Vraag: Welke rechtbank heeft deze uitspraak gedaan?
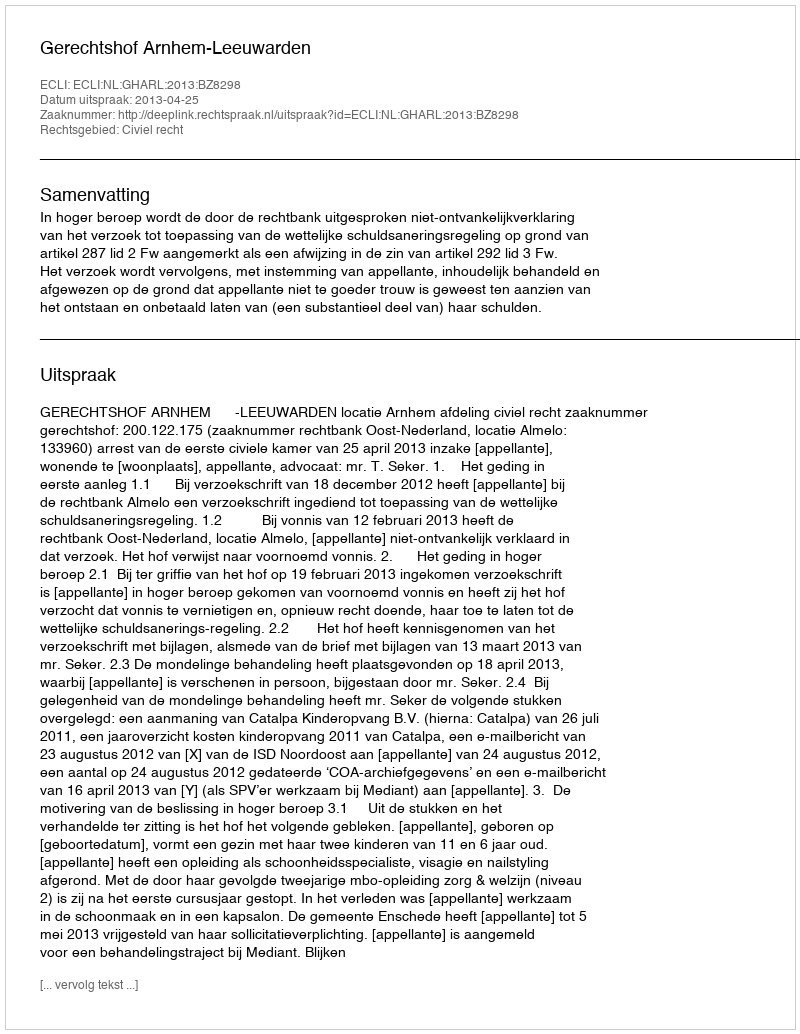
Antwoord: Gerechtshof Arnhem-Leeuwarden